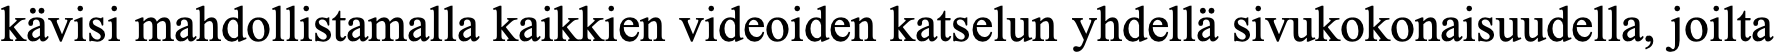
kävisi mahdollistamalla kaikkien videoiden katselun yhdellä sivukokonaisuudella, joilta